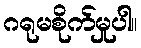
ဂရုမစိုက်မှုပါ။